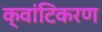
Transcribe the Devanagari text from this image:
क्वांटिकरण